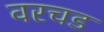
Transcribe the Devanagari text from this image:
वरचड